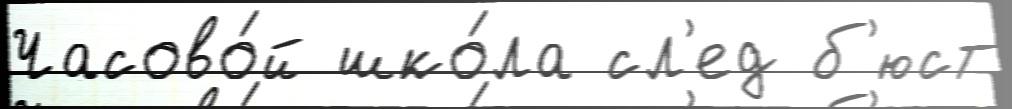
Часово́й шко́ла сл'ед б'юст